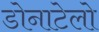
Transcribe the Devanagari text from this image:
डोनाटेलो